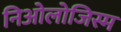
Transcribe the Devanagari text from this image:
निओलोजिस्म